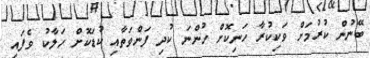
ބޭނުން ކުރުމަށް ވަކިކުރާ ހަނިކޮށް ހުންނަ ކުދި ފަންވަތާއި ކުޑަކޮށް ހަލާކު ވެފައި